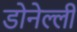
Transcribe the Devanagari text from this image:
डोनेल्ली